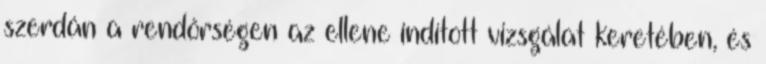
szerdán a rendőrségen az ellene indított vizsgálat keretében, és